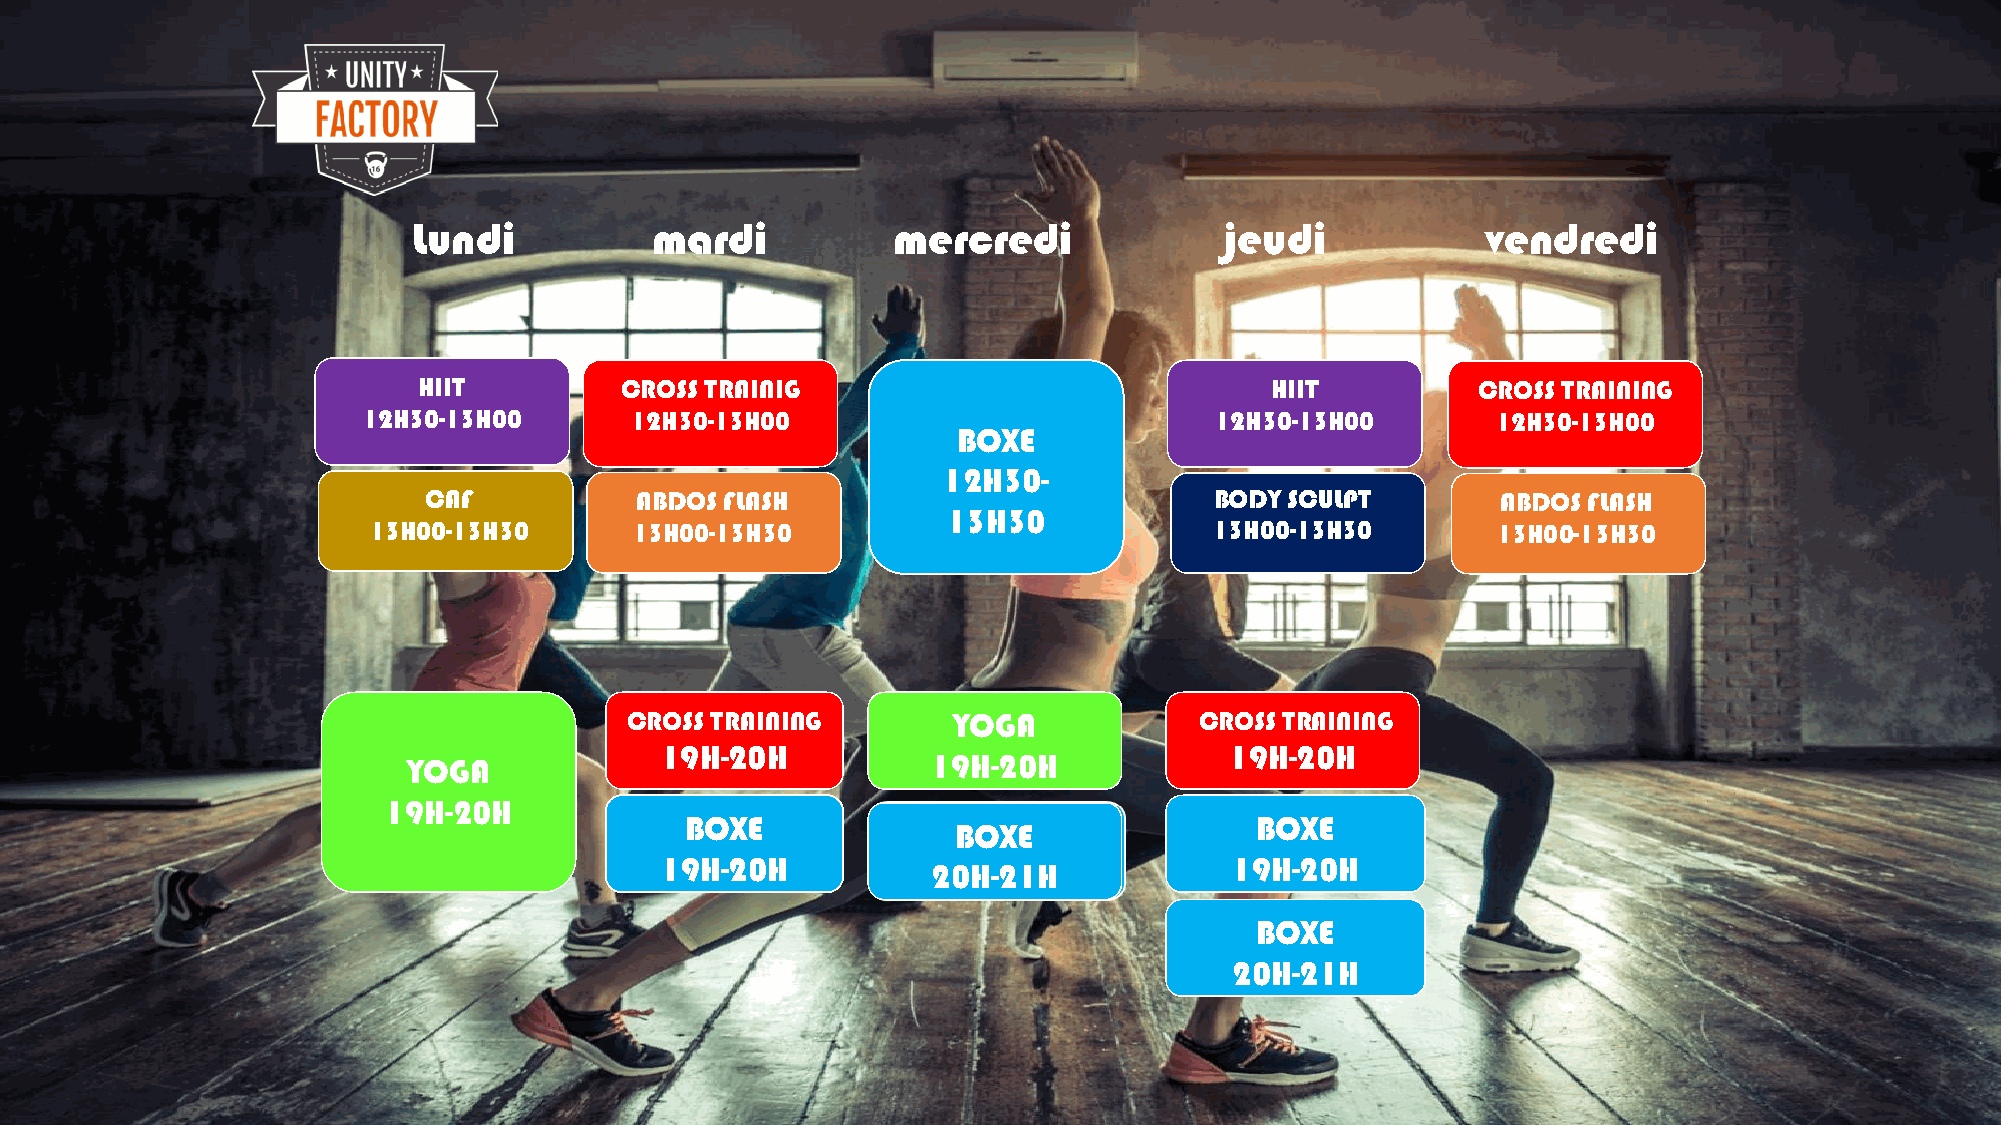
Lundi           mardi           mercredi              jeudi            vendredi
 HIIT         CROSS TRAINIG                              HIIT          CROSS TRAINING
 12H30-13H00       12H30-13H00                           12H30-13H00        12H30-13H00
 BOXE
 12H30-
 CAF           ABDOS FLASH                           BODY SCULPT        ABDOS FLASH
 13H30
 13H00-13H30       13H00-13H30                           13H00-13H30        13H00-13H30
 CROSS TRAINING       YOGA            CROSS TRAINING
 19H-20H                              19H-20H
 YOGA                               19H-20H
 19H-20H
 BOXE                                  BOXE
 BOXE
 19H-20H                               19H-20H
 20H-21H
 BOXE
 20H-21H